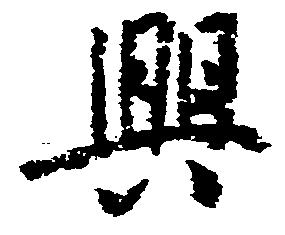
興